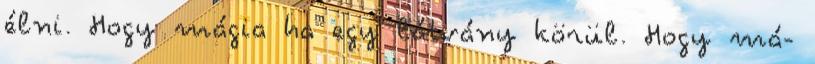
élni. Hogy mágia ha egy látvány körül. Hogy má-